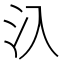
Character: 𣱿